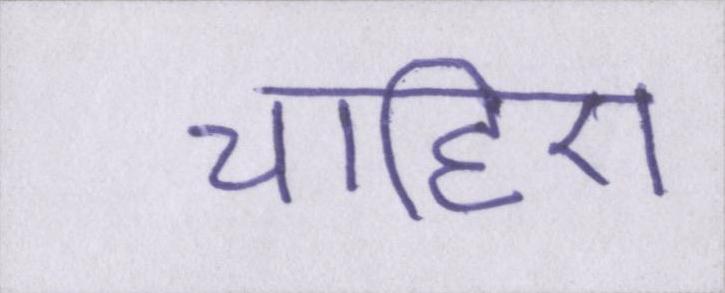
चाहिए